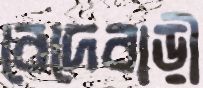
বেদেবাড়ী